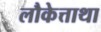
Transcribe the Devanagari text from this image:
लौकेत्ताथा